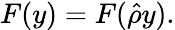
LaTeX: \begin{array}{r}{{F(y)=F(\hat{\rho}y).}}\end{array}